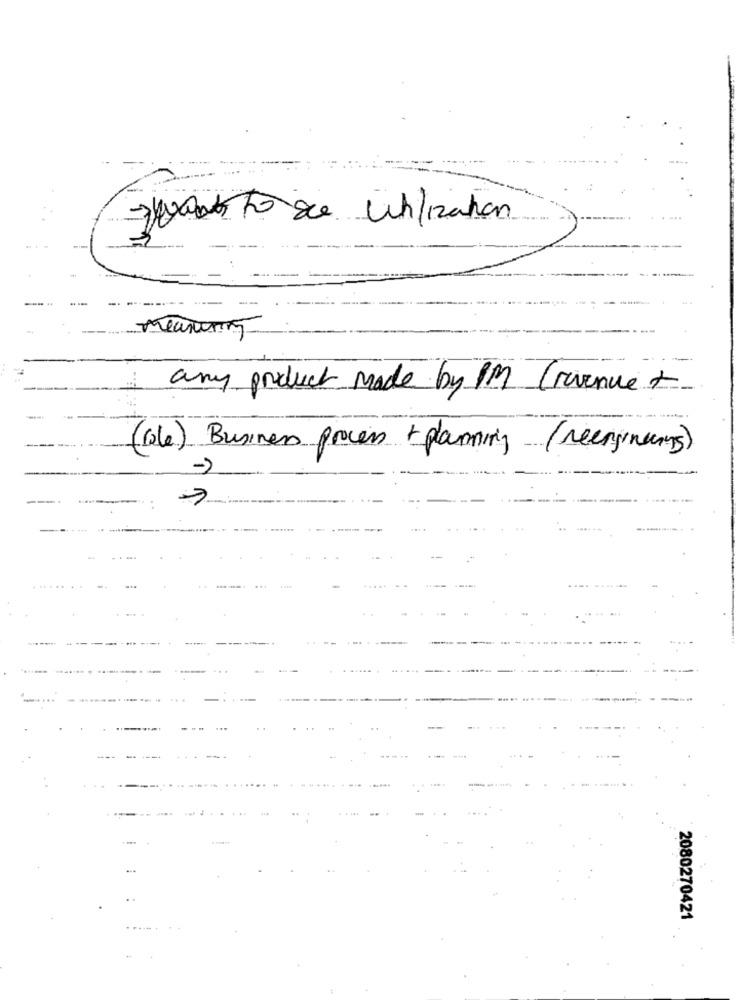
quanto de Utilization
Meaning
any product made by PM (revenue +
(le) Business process + planning (neengineers)
2080270421